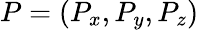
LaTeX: P=(P_{x},P_{y},P_{z})